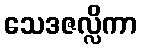
သေဒဇလ္လိကာ